Code of medical and sanitary regulations for the guidance of medical officers serving in the Madras Presidency - Volume II
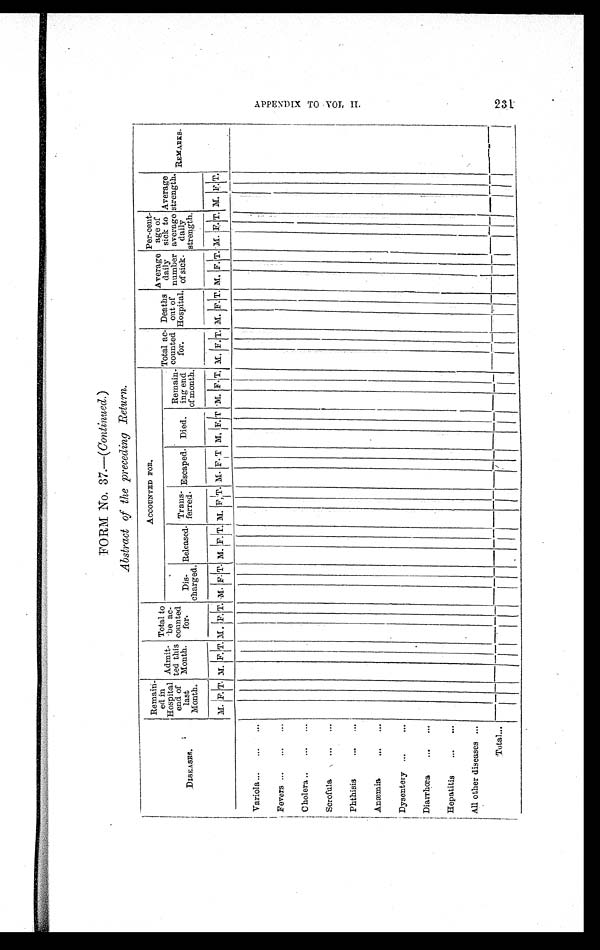
FORM No. 37.—( Continued. )
Abstract of the preceding Return.
DISEASES.
Remain-
ed in
Hospital
end of
last
Month.
Admit-
ted this
Month.
Total to
be ac-
counted
for.
ACCOUNTED FOR.
Total ac-
counted
for.
Deaths
out of
Hospital.
Average
daily
number
of sick.
Per-cent-
age of
sick to
average
daily
strength.
Average
strength.
REMARKS.
Dis-
charged.
Released. Trans-
ferred. Escaped. Died.
Remain-
ing end
of month.
M. F. T. M. F. T.
M . F . T . M. F . T. M. F. T. M. F, T. M. F. T
.
M . F. T . M. F. T. M. F. T. M. F. T. M. F.T. M. F. T. M. F. T.
Variola ...
...
...
Fevers ...
...
...
Cholera . . .
...
...
Scrofula
...
...
Phthisis
...
...
Anæmia
...
...
Dysentery ...
. . .
Diarrhœa
...
. . .
Hepatitis
...
...
All other diseases ...
Total ...
AP P ENDI X TO VOL. I I .
231